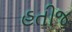
હતીજ